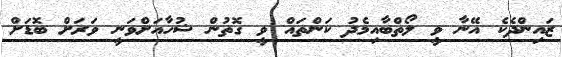
ޒައިންދެކެ އޭނާ ވީ ލޯތްބާއިމެދު ކަންތައް ވީ ގޮތުން ޝުހާއަށްވަނީ ވަރަށް ބޮޑަށް